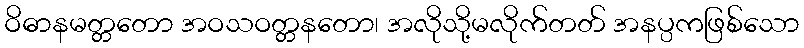
ဝိဓာနမတ္တတော အဝသဝတ္တနတော၊ အလိုသို့မလိုက်တတ် အနပ္ပကဖြစ်သော